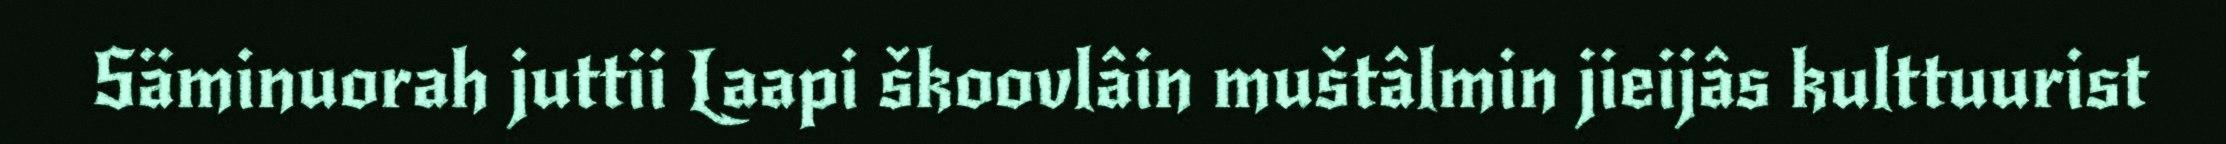
Säminuorah juttii Laapi škoovlâin muštâlmin jieijâs kulttuurist